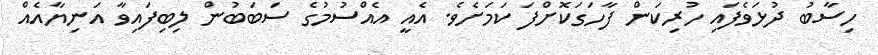
ހިސާބު ދުޅަވެފައި ހުރިކަން ފާހަގަކޮށްފަ ކަމަށެވެ. އެއީ އެއްސުމުގެ ސަބަބުން ލިބިފައިވާ އަނިޔާއެއް